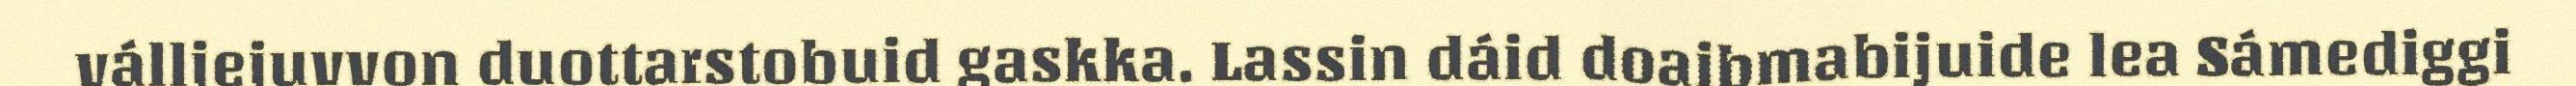
válljejuvvon duottarstobuid gaskka. Lassin dáid doaibmabijuide lea Sámediggi